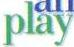
play